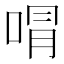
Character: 𭈭